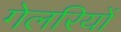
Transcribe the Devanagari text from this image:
गेलरियों